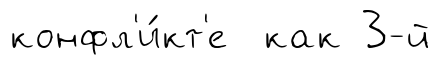
конфл'и́кт'е как 3-й